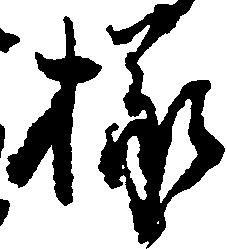
様